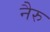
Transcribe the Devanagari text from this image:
नैरु